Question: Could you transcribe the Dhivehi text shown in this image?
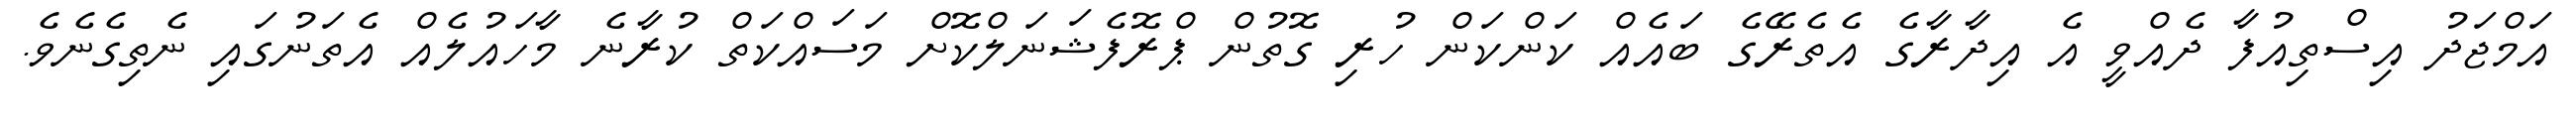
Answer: އަމްޖަދު އިސްތިއުފާ ދެއްވީ އެ އިދާރާގެ އެތެރޭގެ ބައެއް ކަންކަން ހުރި ގޮތުން ޕްރޮފެޝަނަލްކޮށް މަސައްކަތް ކުރާނެ މާހައުލެއް އެތަނުގައި ނެތިގެނެވެ.